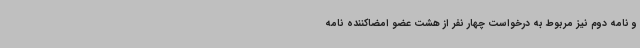
و نامه دوم نیز مربوط به درخواست چهار نفر از هشت عضو امضاکننده نامه